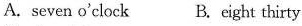
A.seven o'clock B. eight thirty